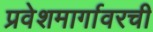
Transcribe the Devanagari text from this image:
प्रवेशमार्गावरची